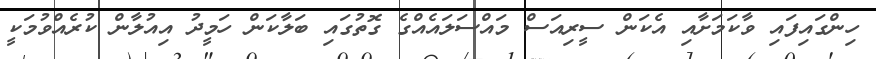
ހިންގައިފައި ވާކަމަށާއި އެކަން ސީރިއަސް މައްސަލައެއްގެ ގޮތުގައި ބަލާކަން ހަމީދު އިއުލާން ކުރެއްވުމަކީ